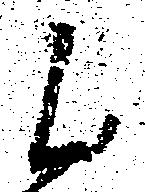
候